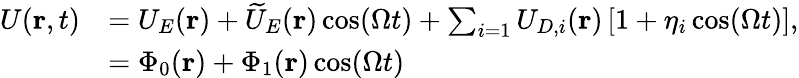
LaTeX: \begin{array}{rl}{U(\mathbf{r},t)}&{=U_{E}(\mathbf{r})+\widetilde{U}_{E}(\mathbf{r})\cos(\Omega t)+\sum_{i=1}U_{D,i}(\mathbf{r})\left[1+\eta_{i}\cos(\Omega t)\right],}\\ &{=\Phi_{0}(\mathbf{r})+\Phi_{1}(\mathbf{r})\cos(\Omega t)}\end{array}